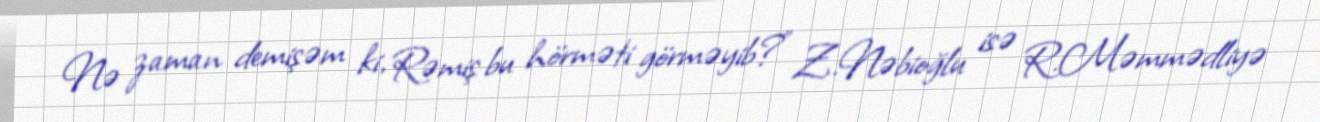
Nə zaman demişəm ki, Rəmiş bu hörməti görməyib?” Z.Nəbioğlu isə R.Məmmədliyə